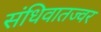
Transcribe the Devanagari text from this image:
संधिवातज्वर